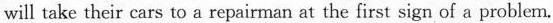
will take their cars to a repairman at the first sign of a problem.